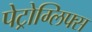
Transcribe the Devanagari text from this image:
पेट्रोग्लिफ्स